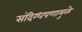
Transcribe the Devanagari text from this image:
संदिग्धपणामुळे